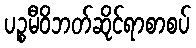
ပဉ္စမီဝိဘတ်ဆိုင်ရာစာစပ်